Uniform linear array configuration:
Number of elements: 8
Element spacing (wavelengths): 0.75
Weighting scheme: hamming
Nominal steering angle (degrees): -15
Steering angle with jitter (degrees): -15.52
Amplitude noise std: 0.05
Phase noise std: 0.05

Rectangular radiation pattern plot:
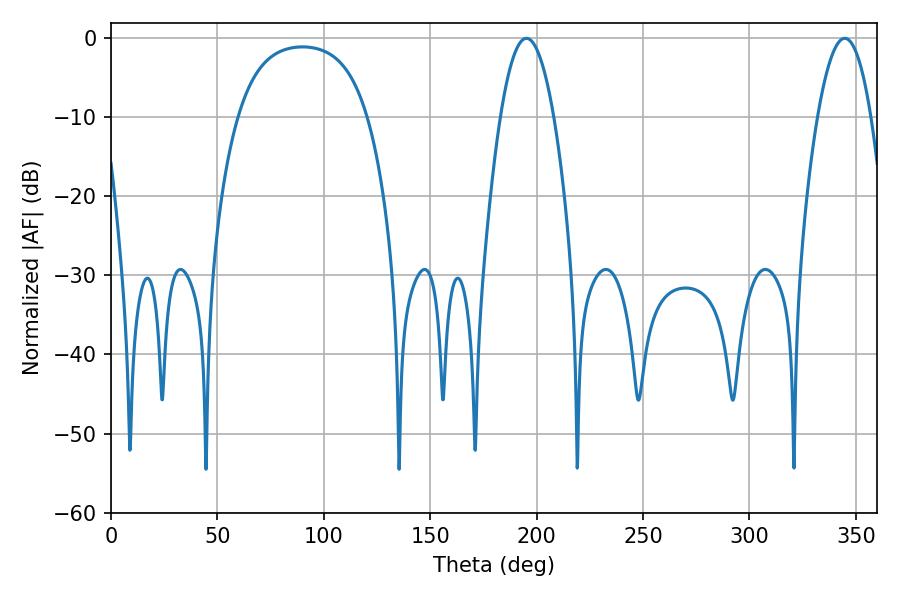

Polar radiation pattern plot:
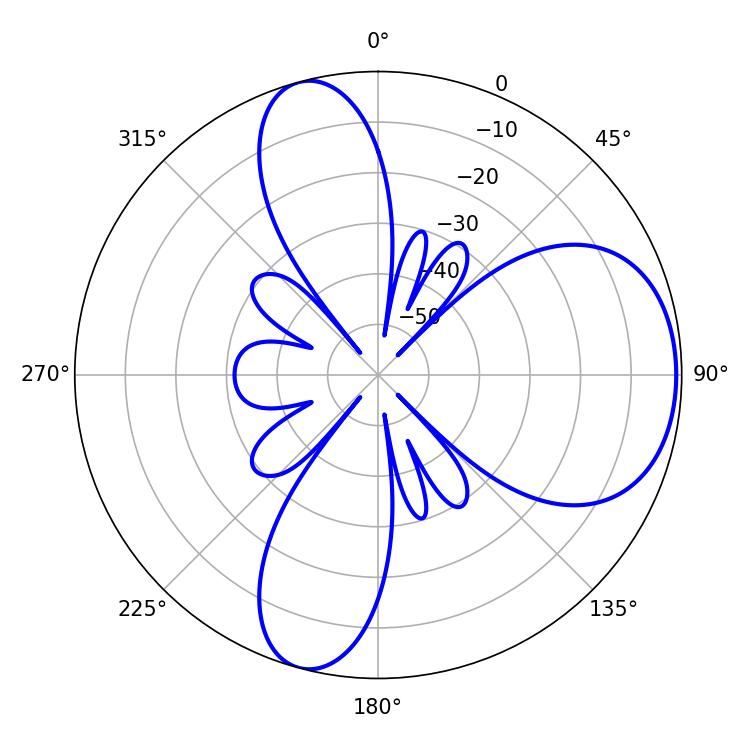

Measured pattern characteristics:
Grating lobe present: TRUE
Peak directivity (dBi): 6.914
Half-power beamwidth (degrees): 13.68
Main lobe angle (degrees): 195.3